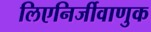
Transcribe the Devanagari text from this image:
लिएनिर्जीवाणुक